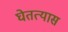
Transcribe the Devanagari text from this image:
घेतत्यास